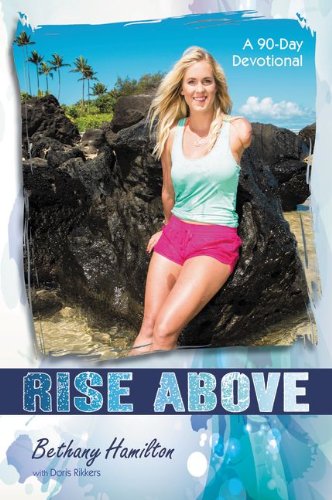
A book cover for Rise Above: A 90-Day Devotional (Soul Surfer Series); Bethany Hamilton; Christian Books & Bibles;